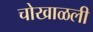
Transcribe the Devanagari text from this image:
चोखाळली